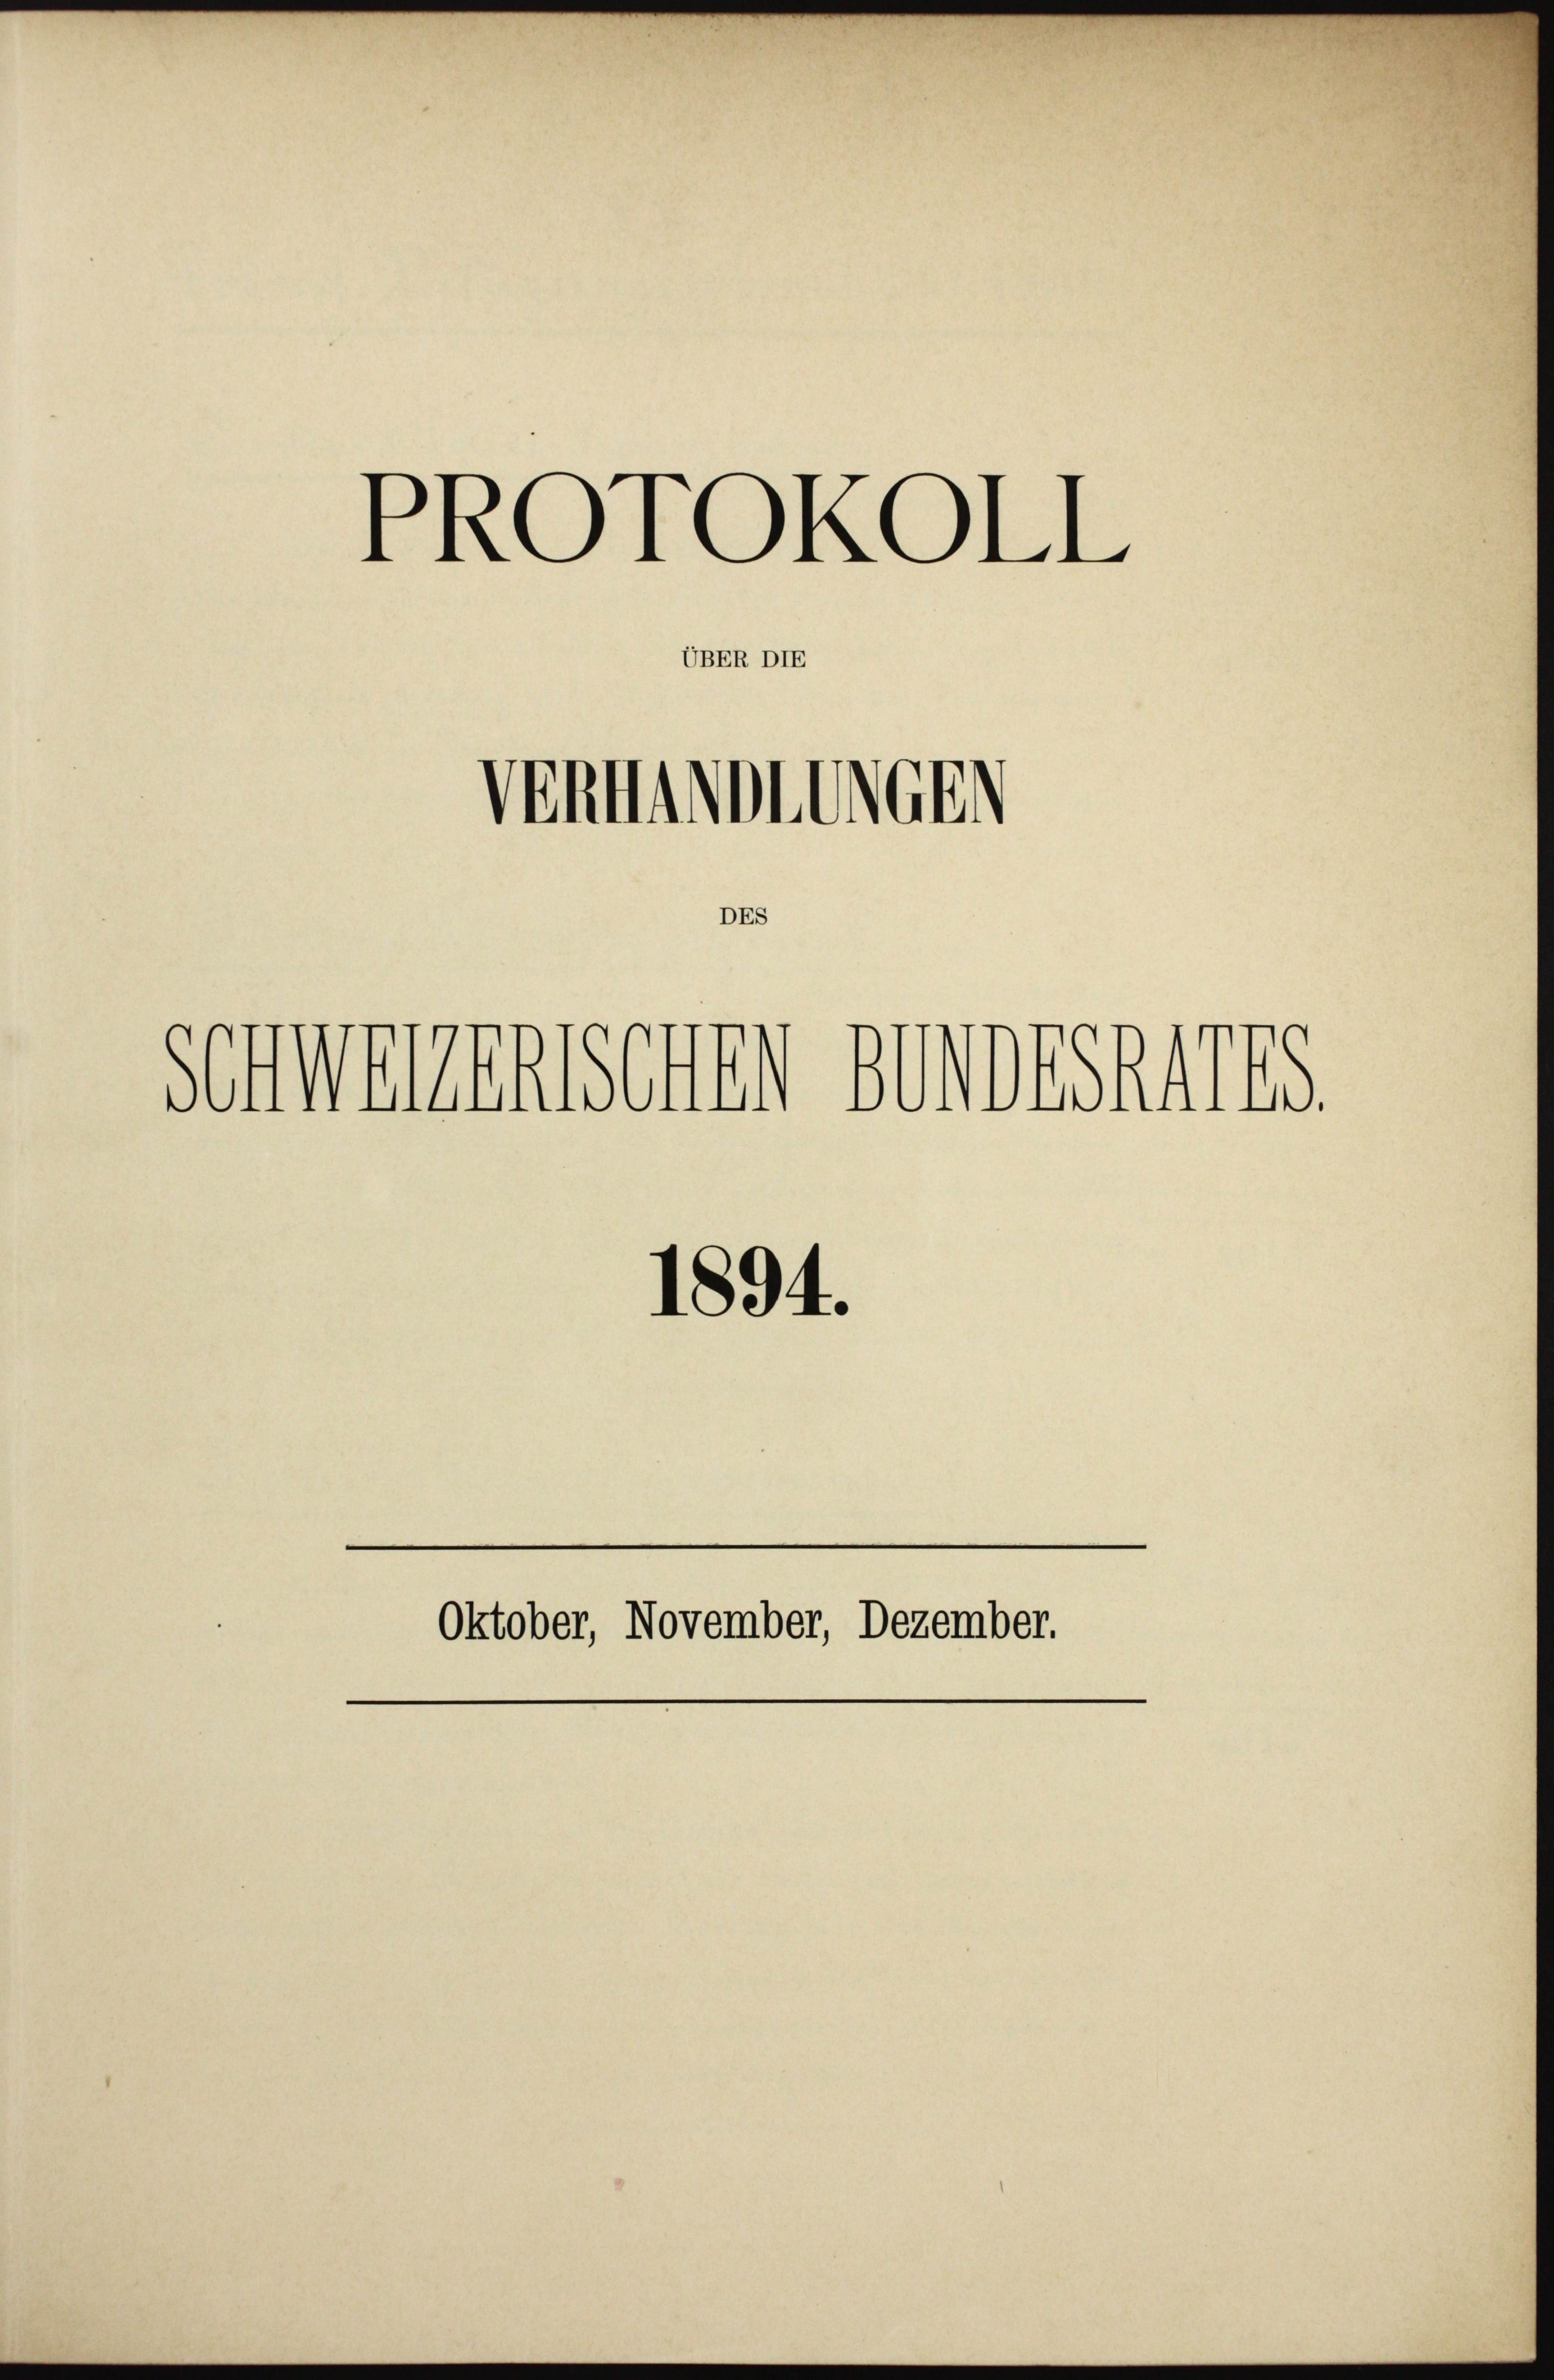
PROTOKOLL

Ventimieren

1894.

UBER DIE

DES

Oktober, November, Dezember.

sonmenenschen wordes 1775.